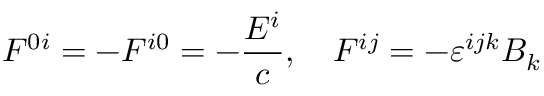
F ^ { 0 i } = - F ^ { i 0 } = - { \frac { E ^ { i } } { c } } , \quad F ^ { i j } = - \varepsilon ^ { i j k } B _ { k }